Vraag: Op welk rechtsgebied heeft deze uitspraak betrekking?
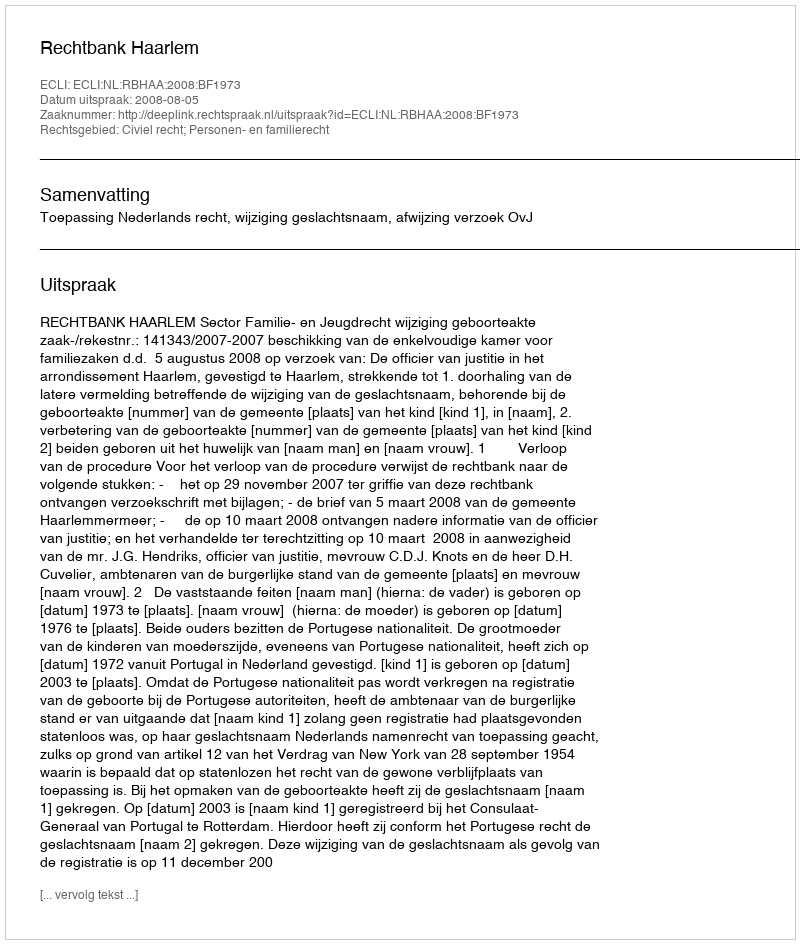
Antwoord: Civiel recht; Personen- en familierecht